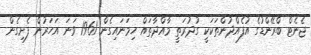
ޖެނެޓް ބްރޭންޑުގެ އުފެއްދުންތަކަކީ ގުދުރަތީ މާއްދާތައް ހިމަނައިގެން 1961 ވަނަ އަހަރުން ފެށިގެން